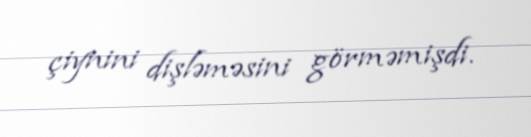
çiynini dişləməsini görməmişdi.